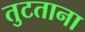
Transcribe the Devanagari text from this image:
तुटताना